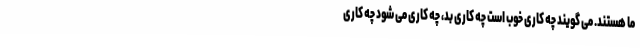
ما هستند. می گویند چه کاری خوب است چه کاری بد، چه کاری می شود چه کاری